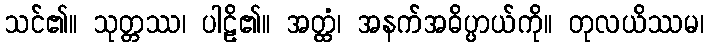
သင်၏။ သုတ္တဿ၊ ပါဠိ၏။ အတ္ထံ၊ အနက်အဓိပ္ပာယ်ကို။ တုလယိဿမ၊